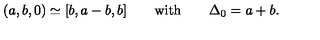
( a , b , 0 ) \simeq [ b , a - b , b ] \qquad \mathrm { w i t h } \qquad \Delta _ { 0 } = a + b .